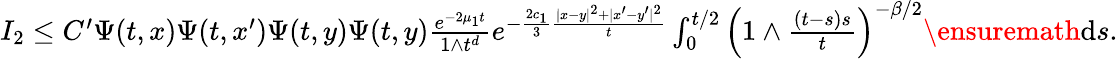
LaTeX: \begin{array}{r}{I_{2}\le C^{\prime}\Psi(t,x)\Psi(t,x^{\prime})\Psi(t,y)\Psi(t,y)\frac{e^{-2\mu_{1}t}}{1\wedge t^{d}}e^{-\frac{2c_{1}}{3}\frac{|x-y|^{2}+|x^{\prime}-y^{\prime}|^{2}}{t}}\int_{0}^{t/2}\left(1\wedge\frac{(t-s)s}{t}\right)^{-\beta/2}\ensuremath{\mathrm{d}}s.}\end{array}